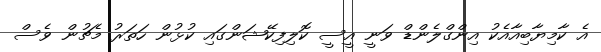
އެ ކާމިޔާބިއާއެކު އިންގްލެންޑް ވަނީ އީސީ ކޮލިފިކޭޝަންގައި ކުޅުން ހަތަރު މެޗުން ވެސް